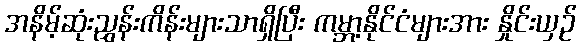
အနိမ့်ဆုံးညွှန်းကိန်းများသာရှိပြီး ကမ္ဘာ့နိုင်ငံများအား နှိုင်းယှဉ်